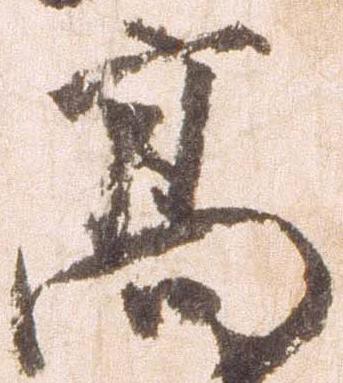
高